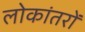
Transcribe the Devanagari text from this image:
लोकांतरों